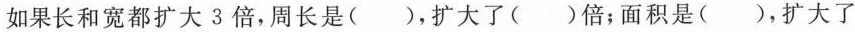
如果长和宽都扩大3倍，周长是( )，扩大了( )倍；面积是( )，扩大了